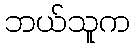
ဘယ်သူက